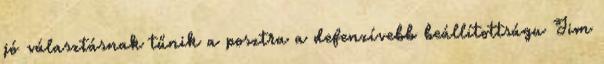
jó választásnak tűnik a posztra a defenzívebb beállítottságu Jim